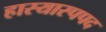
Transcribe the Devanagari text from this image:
हास्यास्पपद